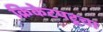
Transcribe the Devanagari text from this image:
क्रिकेटपटूचा